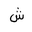
Letter: _shin